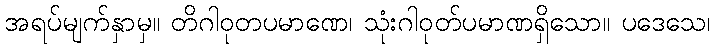
အရပ်မျက်နှာမှ။ တိဂါဝုတပမာဏေ၊ သုံးဂါဝုတ်ပမာဏရှိသော။ ပဒေသေ၊